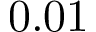
0 . 0 1